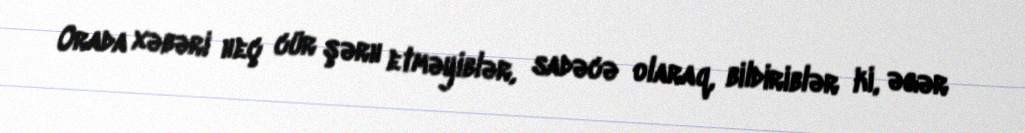
Orada xəbəri heç cür şərh etməyiblər, sadəcə olaraq, bildiriblər ki, əgər